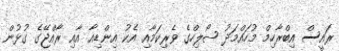
ރައީސް އިބްރާހިމް މުހައްމަދު ޞޯލިހްގެ ވެރިކަމާއި އެކު އިންޑިއާ އާއި ރާއްޖޭގެ ގުޅުން